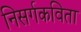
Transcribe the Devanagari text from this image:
निसर्गकविता